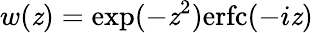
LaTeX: w(\mathit{z})=\exp(-\mathit{z}^{2})\mathrm{{erfc}}(-i\mathit{z})